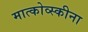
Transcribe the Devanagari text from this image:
मात्कोव्स्कीना